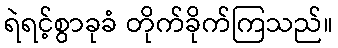
ရဲရင့်စွာခုခံ တိုက်ခိုက်ကြသည်။